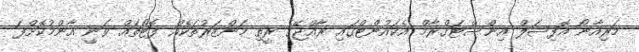
މަރިއާނޯ އޮފިޝަލް އިންސްޓަގްރާމް އެކައުންޓްގައި ރާއްޖޭގެ ރީތި މަންޒަރުތަކެއް ފޮޓޯތައް ވަނީ އާންމުކޮށްފަ